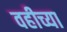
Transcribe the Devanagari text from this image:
वहीच्या